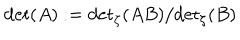
\det ( A ) : = { \det } _ { \zeta } ( A B ) / { \det } _ { \zeta } ( B )